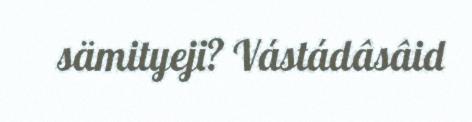
sämityeji? Vástádâsâid